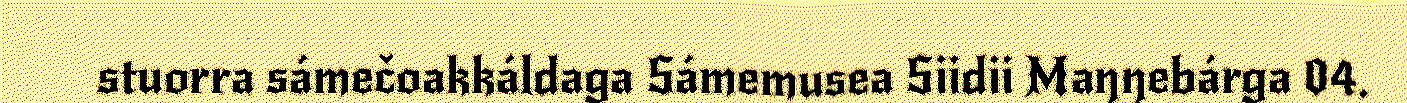
stuorra sámečoakkáldaga Sámemusea Siidii Maŋŋebárga 04.